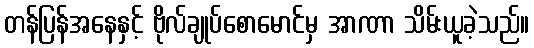
တန်ပြန်အနေနှင့် ဗိုလ်ချုပ်စောမောင်မှ အာဏာ သိမ်းယူခဲ့သည်။